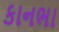
કાનભા